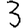
Digit: 3